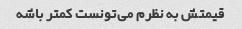
قیمتش به نظرم می‌تونست کمتر باشه